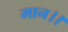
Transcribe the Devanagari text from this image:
मान।।